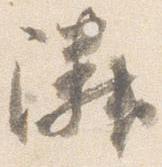
隣